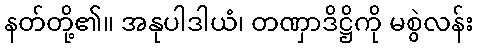
နတ်တို့၏။ အနုပါဒါယံ၊ တဏှာဒိဋ္ဌိကို မစွဲလန်း